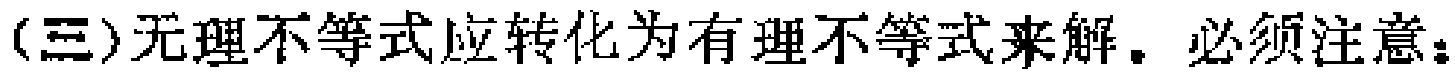
(三)无理不等式应转化为有理不等式来解. 必须注意：